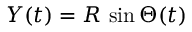
Y ( t ) = R \, \sin \Theta ( t )